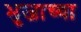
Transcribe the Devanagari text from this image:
भुजाच्या